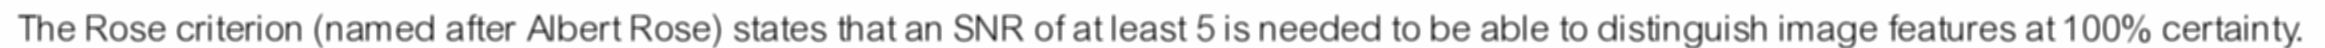
The Rose criterion (named after Albert Rose) states that an SNR of at least 5 is needed to be able to distinguish image features at 100% certainty.